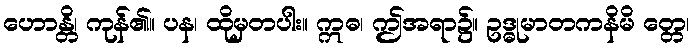
ဟောန္တိ၊ ကုန်၏။ ပန၊ ထိုမှတပါး။ ဣဓ၊ ဤအရာ၌။ ဥဒ္ဓုမာတကနိမိ တ္တေ၊